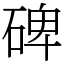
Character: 碑